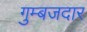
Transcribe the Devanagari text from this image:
गुम्बजदार